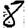
Digit: 8